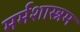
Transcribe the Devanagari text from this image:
मर्मशास्त्रम